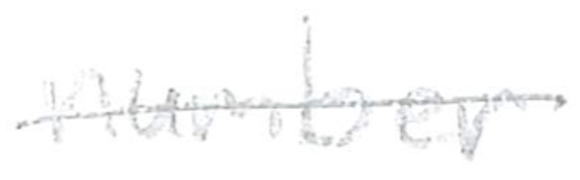
Text: number
Cross-out: mix
Writing tool: pencil